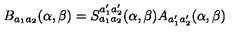
B _ { a _ { 1 } a _ { 2 } } ( \alpha , \beta ) = S _ { a _ { 1 } a _ { 2 } } ^ { a _ { 1 } ^ { \prime } a _ { 2 } ^ { \prime } } ( \alpha , \beta ) A _ { a _ { 1 } ^ { \prime } a _ { 2 } ^ { \prime } } ( \alpha , \beta )